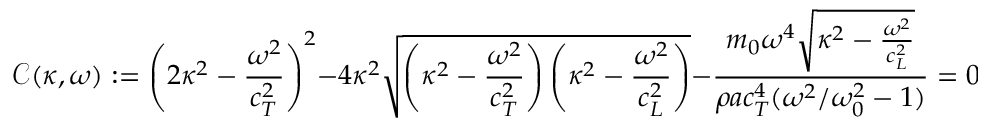
\mathcal { C } ( \kappa , \omega ) : = \left( 2 \kappa ^ { 2 } - \frac { \omega ^ { 2 } } { c _ { T } ^ { 2 } } \right) ^ { 2 } - 4 \kappa ^ { 2 } \sqrt { \left( \kappa ^ { 2 } - \frac { \omega ^ { 2 } } { c _ { T } ^ { 2 } } \right) \left( \kappa ^ { 2 } - \frac { \omega ^ { 2 } } { c _ { L } ^ { 2 } } \right) } - \frac { m _ { 0 } \omega ^ { 4 } \sqrt { \kappa ^ { 2 } - \frac { \omega ^ { 2 } } { c _ { L } ^ { 2 } } } } { \rho a c _ { T } ^ { 4 } ( \omega ^ { 2 } / \omega _ { 0 } ^ { 2 } - 1 ) } = 0 .